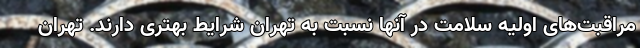
مراقبت‌های اولیه سلامت در آنها نسبت به تهران شرایط بهتری دارند. تهران